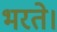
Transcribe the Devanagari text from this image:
भरते।